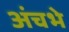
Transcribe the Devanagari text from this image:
अंचभे